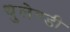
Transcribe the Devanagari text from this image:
थुलेण्डी